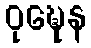
ဝုဍ္ဎေန